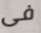
فى